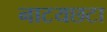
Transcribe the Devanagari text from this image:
नाटयछटा